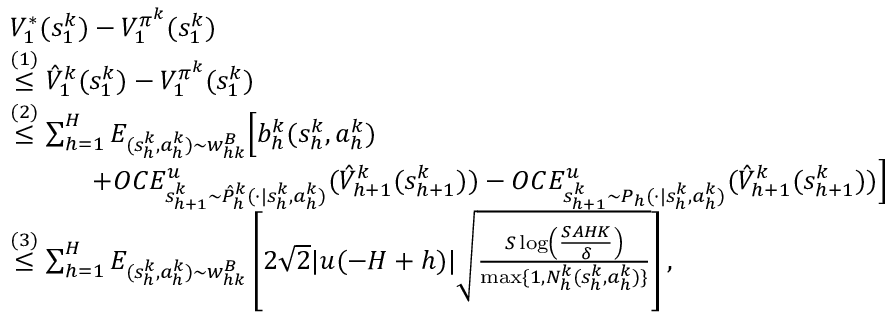
\begin{array} { r l } & { V _ { 1 } ^ { * } ( s _ { 1 } ^ { k } ) - V _ { 1 } ^ { \pi ^ { k } } ( s _ { 1 } ^ { k } ) } \\ & { \overset { ( 1 ) } { \leq } \hat { V } _ { 1 } ^ { k } ( s _ { 1 } ^ { k } ) - V _ { 1 } ^ { \pi ^ { k } } ( s _ { 1 } ^ { k } ) } \\ & { \overset { ( 2 ) } { \leq } \sum _ { h = 1 } ^ { H } E _ { ( s _ { h } ^ { k } , a _ { h } ^ { k } ) \sim w _ { h k } ^ { B } } \Big [ b _ { h } ^ { k } ( s _ { h } ^ { k } , a _ { h } ^ { k } ) } \\ & { \quad \quad \quad + O C E _ { s _ { h + 1 } ^ { k } \sim \hat { P } _ { h } ^ { k } ( \cdot \vert s _ { h } ^ { k } , a _ { h } ^ { k } ) } ^ { u } ( \hat { V } _ { h + 1 } ^ { k } ( s _ { h + 1 } ^ { k } ) ) - O C E _ { s _ { h + 1 } ^ { k } \sim P _ { h } ( \cdot \vert s _ { h } ^ { k } , a _ { h } ^ { k } ) } ^ { u } ( \hat { V } _ { h + 1 } ^ { k } ( s _ { h + 1 } ^ { k } ) ) \Big ] } \\ & { \overset { ( 3 ) } { \leq } \sum _ { h = 1 } ^ { H } E _ { ( s _ { h } ^ { k } , a _ { h } ^ { k } ) \sim w _ { h k } ^ { B } } \left[ 2 \sqrt { 2 } \vert u ( - H + h ) \vert \sqrt { \frac { S \log \left( \frac { S A H K } { \delta } \right) } { \operatorname* { m a x } \{ 1 , N _ { h } ^ { k } ( s _ { h } ^ { k } , a _ { h } ^ { k } ) \} } } \right] , } \end{array}